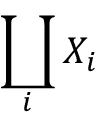
\coprod _ { i } X _ { i }